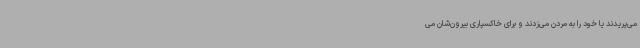
می‌پریدند یا خود را به مردن می‌زدند و برای خاکسپاری بیرون‌شان می‌